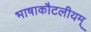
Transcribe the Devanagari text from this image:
भाषाकौटलीयम्